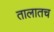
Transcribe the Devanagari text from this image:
तालातच